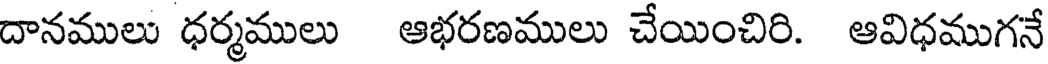
దానములు ధర్మములు ఆభరణములు చేయించిరి. ఆవిధముగనే